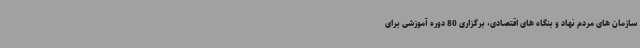
سازمان های مردم نهاد و بنگاه های اقتصادی، برگزاری 80 دوره آموزشی برای